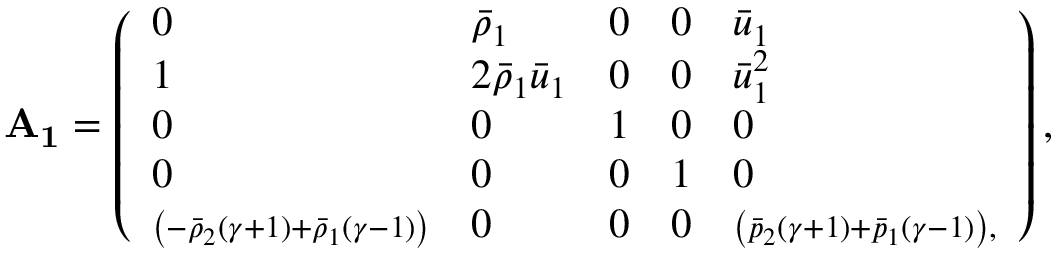
\mathbf { A _ { 1 } } = \left( \begin{array} { l l l l l } { 0 } & { \bar { \rho } _ { 1 } } & { 0 } & { 0 } & { \bar { u } _ { 1 } } \\ { 1 } & { 2 \bar { \rho } _ { 1 } \bar { u } _ { 1 } } & { 0 } & { 0 } & { \bar { u } _ { 1 } ^ { 2 } } \\ { 0 } & { 0 } & { 1 } & { 0 } & { 0 } \\ { 0 } & { 0 } & { 0 } & { 1 } & { 0 } \\ { \scriptstyle \left( - \bar { \rho } _ { 2 } ( \gamma + 1 ) + \bar { \rho } _ { 1 } ( \gamma - 1 ) \right) } & { 0 } & { 0 } & { 0 } & { \scriptstyle \left( \bar { p } _ { 2 } ( \gamma + 1 ) + \bar { p } _ { 1 } ( \gamma - 1 ) \right) , } \end{array} \right) ,